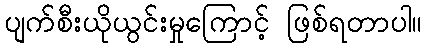
ပျက်စီးယိုယွင်းမှုကြောင့် ဖြစ်ရတာပါ။